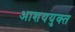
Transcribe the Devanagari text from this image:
आशययुक्‍त